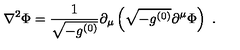
\nabla ^ { 2 } \Phi = \frac { 1 } { \sqrt { - g ^ { ( 0 ) } } } \partial _ { \mu } \left( \sqrt { - g ^ { ( 0 ) } } \partial ^ { \mu } \Phi \right) \ .